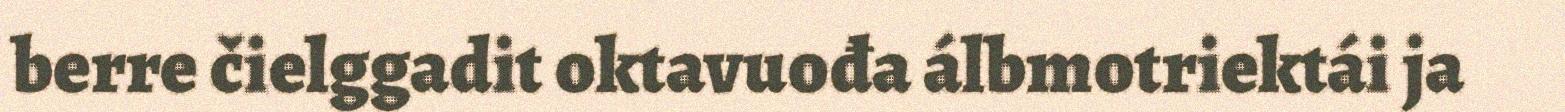
berre čielggadit oktavuođa álbmotriektái ja